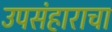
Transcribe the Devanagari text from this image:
उपसंहाराचा